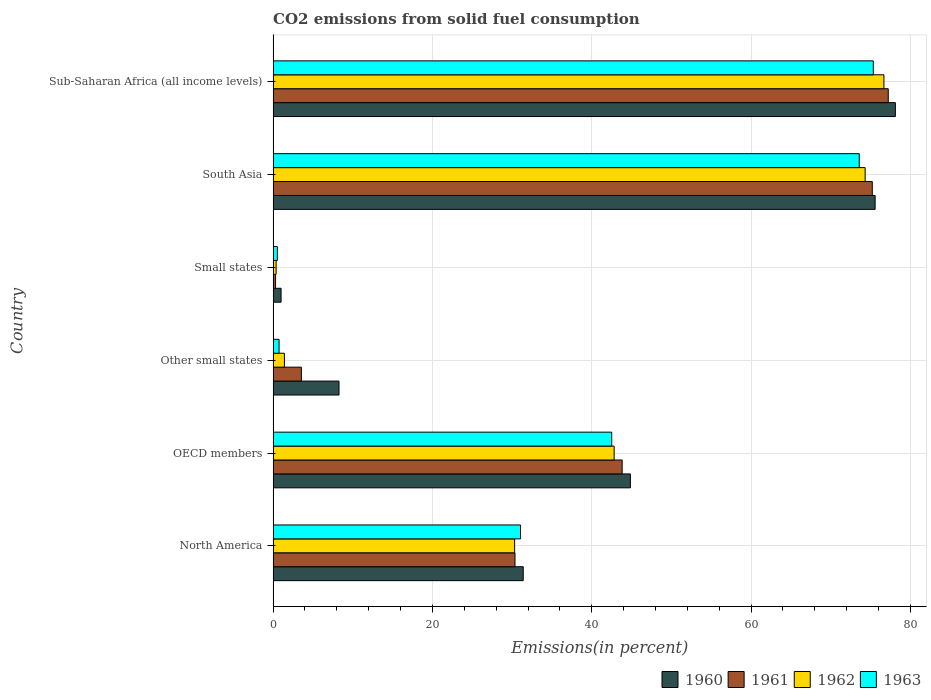
| Country | 1960 | 1961 | 1962 | 1963 |
 | --- | --- | --- | --- | --- |
 | North America | 31.4 | 30.4 | 30.3 | 31.1 |
 | OECD members | 44.9 | 43.8 | 42.8 | 42.5 |
 | Other small states | 8.27 | 3.55 | 1.42 | 0.746 |
 | Small states | 0.998 | 0.306 | 0.376 | 0.534 |
 | South Asia | 75.6 | 75.2 | 74.3 | 73.6 |
 | Sub-Saharan Africa (all income levels) | 78.1 | 77.2 | 76.7 | 75.4 |